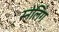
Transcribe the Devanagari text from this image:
स्नेलिंग